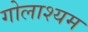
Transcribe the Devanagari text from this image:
गोलाश्यम